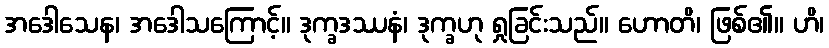
အဒေါသေန၊ အဒေါသကြောင့်။ ဒုက္ခဒဿနံ၊ ဒုက္ခဟု ရှုခြင်းသည်။ ဟောတိ၊ ဖြစ်၏။ ဟိ၊